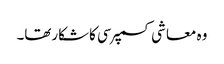
وہ معاشی کسمپرسی کاشکارتھا۔